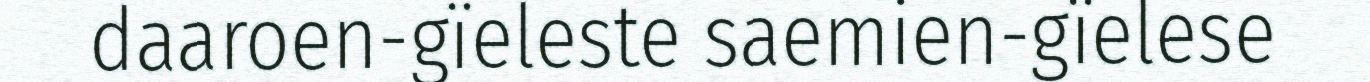
daaroen-gïeleste saemien-gïelese